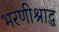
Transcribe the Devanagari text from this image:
भरणीश्राद्ध